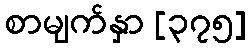
စာမျက်နှာ [၃၇၅]